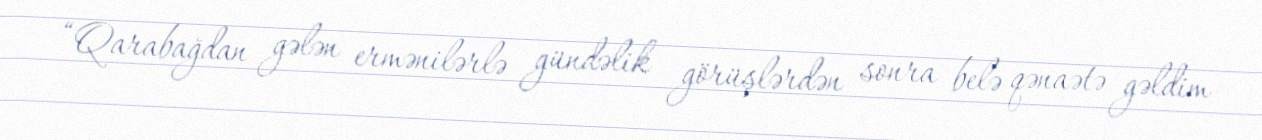
“Qarabağdan gələn ermənilərlə gündəlik görüşlərdən sonra belə qənaətə gəldim